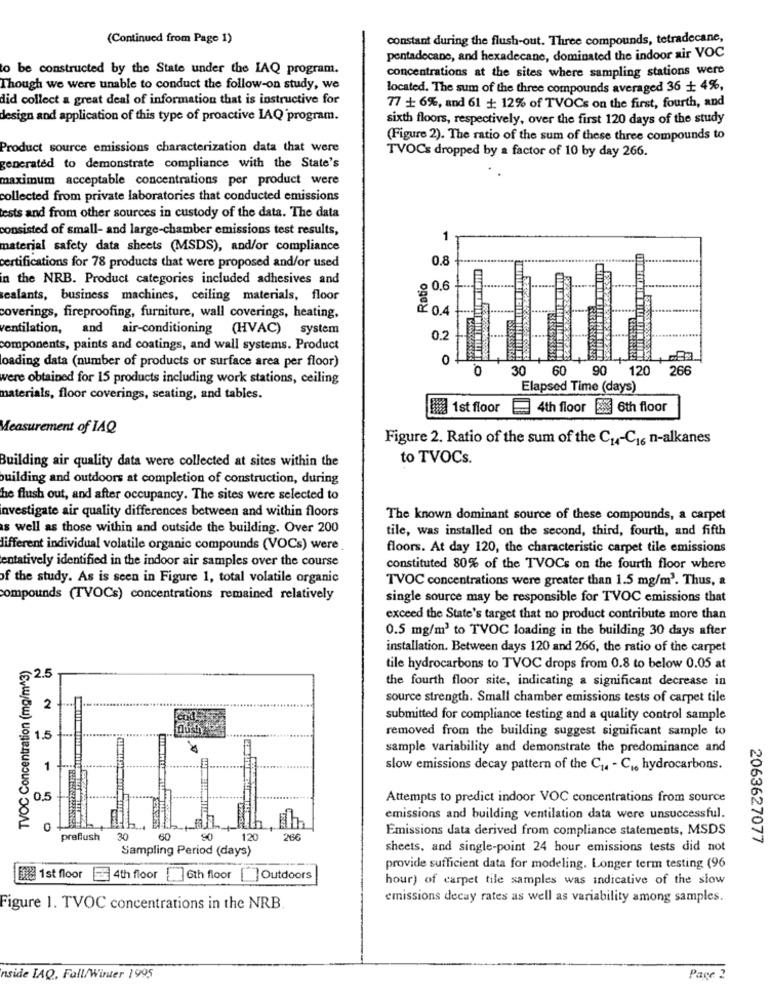
(Continued from Page 1)
constant during the flush-out. Three compounds, tetradecane,
pentadecane, and hexadecane, dominated the indoor air VOC
to be constructed by the State under the IAQ program.
concentrations at the sites where sampling stations were
Though we were unable to conduct the follow-on study, we
located. The sum of the three compounds averaged 36 + 4%,
did collect a great deal of information that is instructive for
77 + 6%, and 61 +: 12% of TVOCs on the first, fourth, and
design and application of this type of proactive IAQ program.
sixth floors, respectively, over the first 120 days of the study
(Figure 2). The ratio of the sum of these three compounds to
Product source emissions characterization data that were
TVOCs dropped by a factor of 10 by day 266.
generated to demonstrate compliance with the State's
maximum acceptable concentrations per product were
collected from private laboratories that conducted emissions
tests and from other sources in custody of the data. The data
consisted of small- and large-chamber emissions test results,
1
material safety data sheets (MSDS), and/or compliance
0.8
certifications for 78 products that were proposed and/or used
in the NRB. Product categories included adhesives and
Ratio
.0 0.6
sealants, business machines, ceiling materials, floor
0.4
coverings, fireproofing, furniture, wall coverings, heating,
ventilation, and air-conditioning (HVAC) system
0.2
components, paints and coatings, and wall systems. Product
loading data (number of products or surface area per floor)
0
0
30
60 9
120
266
were obtained for 15 products including work stations, ceiling
Elapsed Time (days)
materials, floor coverings, seating, and tables.
fit 1st floor
4th floor
2 6th floor
Measurement of IAQ
Figure 2. Ratio of the sum of the Cu-Ci6 n-alkanes
Building air quality data were collected at sites within the
to TVOCs.
building and outdoors at completion of construction, during
he flush out, and after occupancy. The sites were selected to
investigate air quality differences between and within floors
The known dominant source of these compounds, a carpet
as well as those within and outside the building. Over 200
tile, was installed on the second, third, fourth, and fifth
different individual volatile organic compounds (VOCs) were
floors. At day 120, the characteristic carpet tile emissions
entatively identified in the indoor air samples over the course
constituted 80% of the TVOCs on the fourth floor where
of the study. As is seen in Figure 1, total volatile organic
TVOC concentrations were greater than 1.5 mg/m3. Thus, &
compounds (TVOCs) concentrations remained relatively
single source may be responsible for TVOC emissions that
exceed the State's target that no product contribute more than
0.5 mg/m3 to TVOC loading in the building 30 days after
installation. Between days 120 and 266, the ratio of the carpet
TVOC Concentration (mg/m^3)
tile hydrocarbons to TVOC drops from 0.8 to below 0.05 at
2.5
the fourth floor site, indicating a significant decrease in
source strength. Small chamber emissions tests of carpet tile
2
submitted for compliance testing and a quality control sample
removed from the building suggest significant sample to
1.5
sample variability and demonstrate the predominance and
slow emissions decay pattern of the Cu. - C ,, hydrocarbons.
Attempts to predict indoor VOC concentrations from source
emissions and building ventilation data were unsuccessful.
h, Eh
Emissions data derived from compliance statements, MSDS
preflush
30
60
120
266
2063627077
Sampling Period (days)
sheets, and single-point 24 hour emissions tests did not
provide sufficient data for modeling. Longer term testing (96
Bie 1st floor = 4th floor 6th floor [ ] Outdoors
hour) of carpet tile samples was indicative of the slow
emissions decay rates as well as variability among samples.
Figure 1. TVOC concentrations in the NRB.
nside IAQ, Fall/Winter 1995
Pace 2